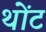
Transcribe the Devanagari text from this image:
थोंट